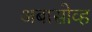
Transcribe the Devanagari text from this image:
अबासोव्ह